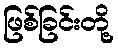
ဖြစ်ခြင်းတို့